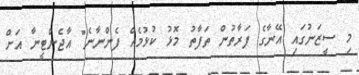
މި ސީޒަނުގައި އޭނާގެ ފަރާތުން ތަފާތު މޮޅު ކުޅުމެއް ފެންނާނެ" އާޖެންޓީނާ އަށް